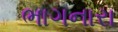
ભાગનારા